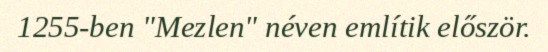
1255-ben "Mezlen" néven említik először.